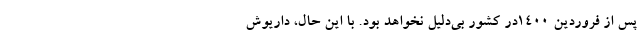
پس از فروردین ۱۴۰۰در کشور بی‌دلیل نخواهد بود. با این حال، داریوش